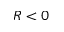
R < 0